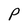
Character: P